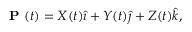
{ \textbf { P } } ( t ) = X ( t ) { \hat { \imath } } + Y ( t ) { \hat { \jmath } } + Z ( t ) { \hat { k } } ,